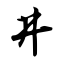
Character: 井